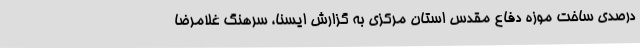
درصدی ساخت موزه دفاع مقدس استان مرکزی به گزارش ایسنا، سرهنگ غلامرضا